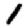
Digit: 1